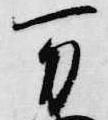
万